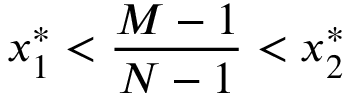
x _ { 1 } ^ { * } < \frac { M - 1 } { N - 1 } < x _ { 2 } ^ { * }